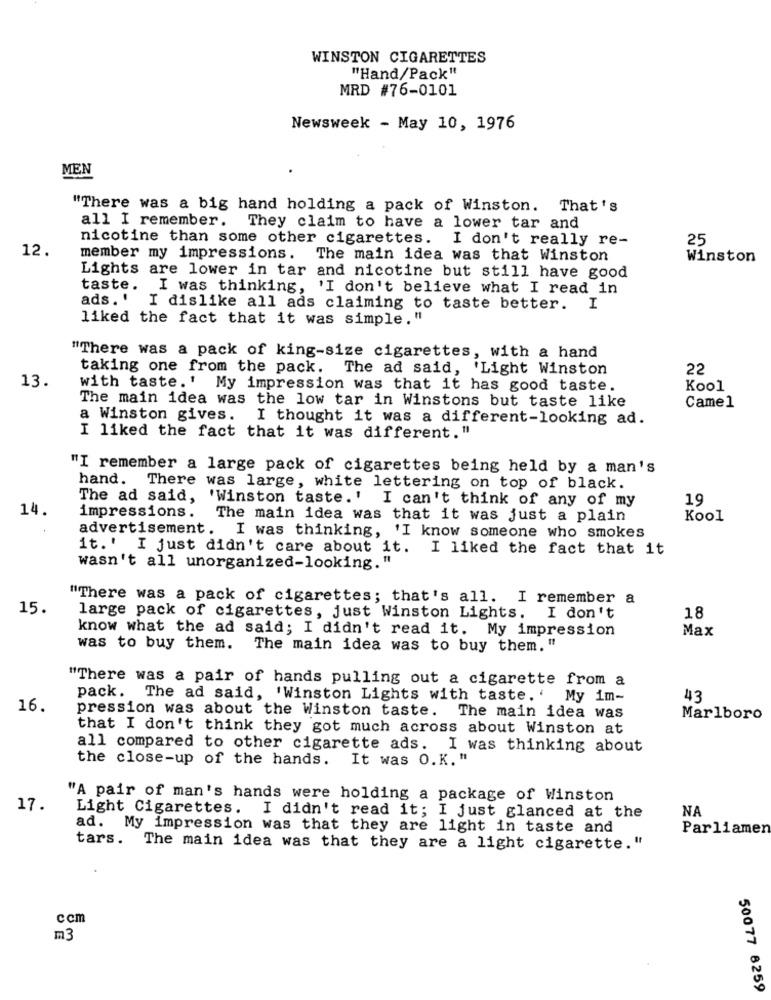
WINSTON CIGARETTES
"Hand/Pack"
MRD #76-0101
Newsweek - May 10, 1976
MEN
"There was a big hand holding a pack of Winston. That's
all I remember. They claim to have a lower tar and
nicotine than some other cigarettes. I don't really re-
25
12.
member my impressions. The main idea was that Winston
Winston
Lights are lower in tar and nicotine but still have good
taste. I was thinking, 'I don't believe what I read in
ads.' I dislike all ads claiming to taste better. I
liked the fact that it was simple."
"There was a pack of king-size cigarettes, with a hand
taking one from the pack.
The ad said, 'Light Winston
22
13.
with taste.' My impression was that it has good taste.
Kool
The main idea was the low tar in Winstons but taste like
Camel
a Winston gives.
I thought it was a different-looking ad.
I liked the fact that it was different."
"I remember a large pack of cigarettes being held by a man's
hand. There was large, white lettering on top of black.
The ad said, 'Winston taste.' I can't think of any of my
19
14.
impressions. The main idea was that it was just a plain
Kool
advertisement. I was thinking, 'I know someone who smokes
it.' I just didn't care about it. I liked the fact that it
wasn't all unorganized-looking."
"There was a pack of cigarettes; that's all. I remember a
15.
large pack of cigarettes, just Winston Lights. I don't
18
know what the ad said; I didn't read it. My impression
Max
was to buy them. The main idea was to buy them. "
"There was a pair of hands pulling out a cigarette from a
pack. The ad said, 'Winston Lights with taste. '
My im-
43
16.
pression was about the Winston taste. The main idea was
Marlboro
that I don't think they got much across about Winston at
all compared to other cigarette ads. I was thinking about
the close-up of the hands. It was O.K. "
"A pair of man's hands were holding a package of Winston
17.
NA
Light Cigarettes. I didn't read it; I just glanced at the
ad. My impression was that they are light in taste and
Parliamen
tars. The main idea was that they are a light cigarette."
ccm
m3
50077 8259